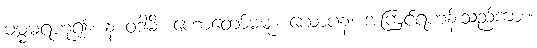
ဓမ္မဓရဟူ၍။ န ဝဒါမိ၊ ဟောတော်မမူ။ ယောပန၊ အကြင်ရဟန်းသည်ကား။